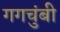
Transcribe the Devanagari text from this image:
गगचुंबी